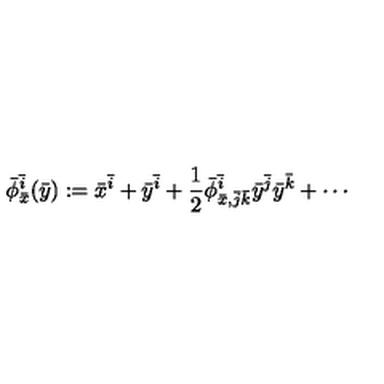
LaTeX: \bar { \phi } _ { \bar { x } } ^ { \bar { i } } ( \bar { y } ) : = \bar { x } ^ { \bar { i } } + \bar { y } ^ { \bar { i } } + \frac 1 2 \bar { \phi } _ { \bar { x } , \bar { j } \bar { k } } ^ { \bar { i } } \bar { y } ^ { \bar { j } } \bar { y } ^ { \bar { k } } + \cdots